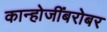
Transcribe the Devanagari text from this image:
कान्होजींबरोबर